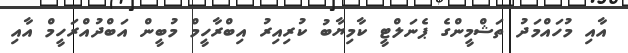
އާއި މުހައްމަދު ތަޝްމީންގެ ޕެނަލްޓީ ކާމިޔާބު ކުރިއިރު އިބްރާހީމް މުބީން އަބްދުއްރަހީމް އާއި